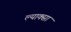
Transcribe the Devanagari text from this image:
ल्याक्सा